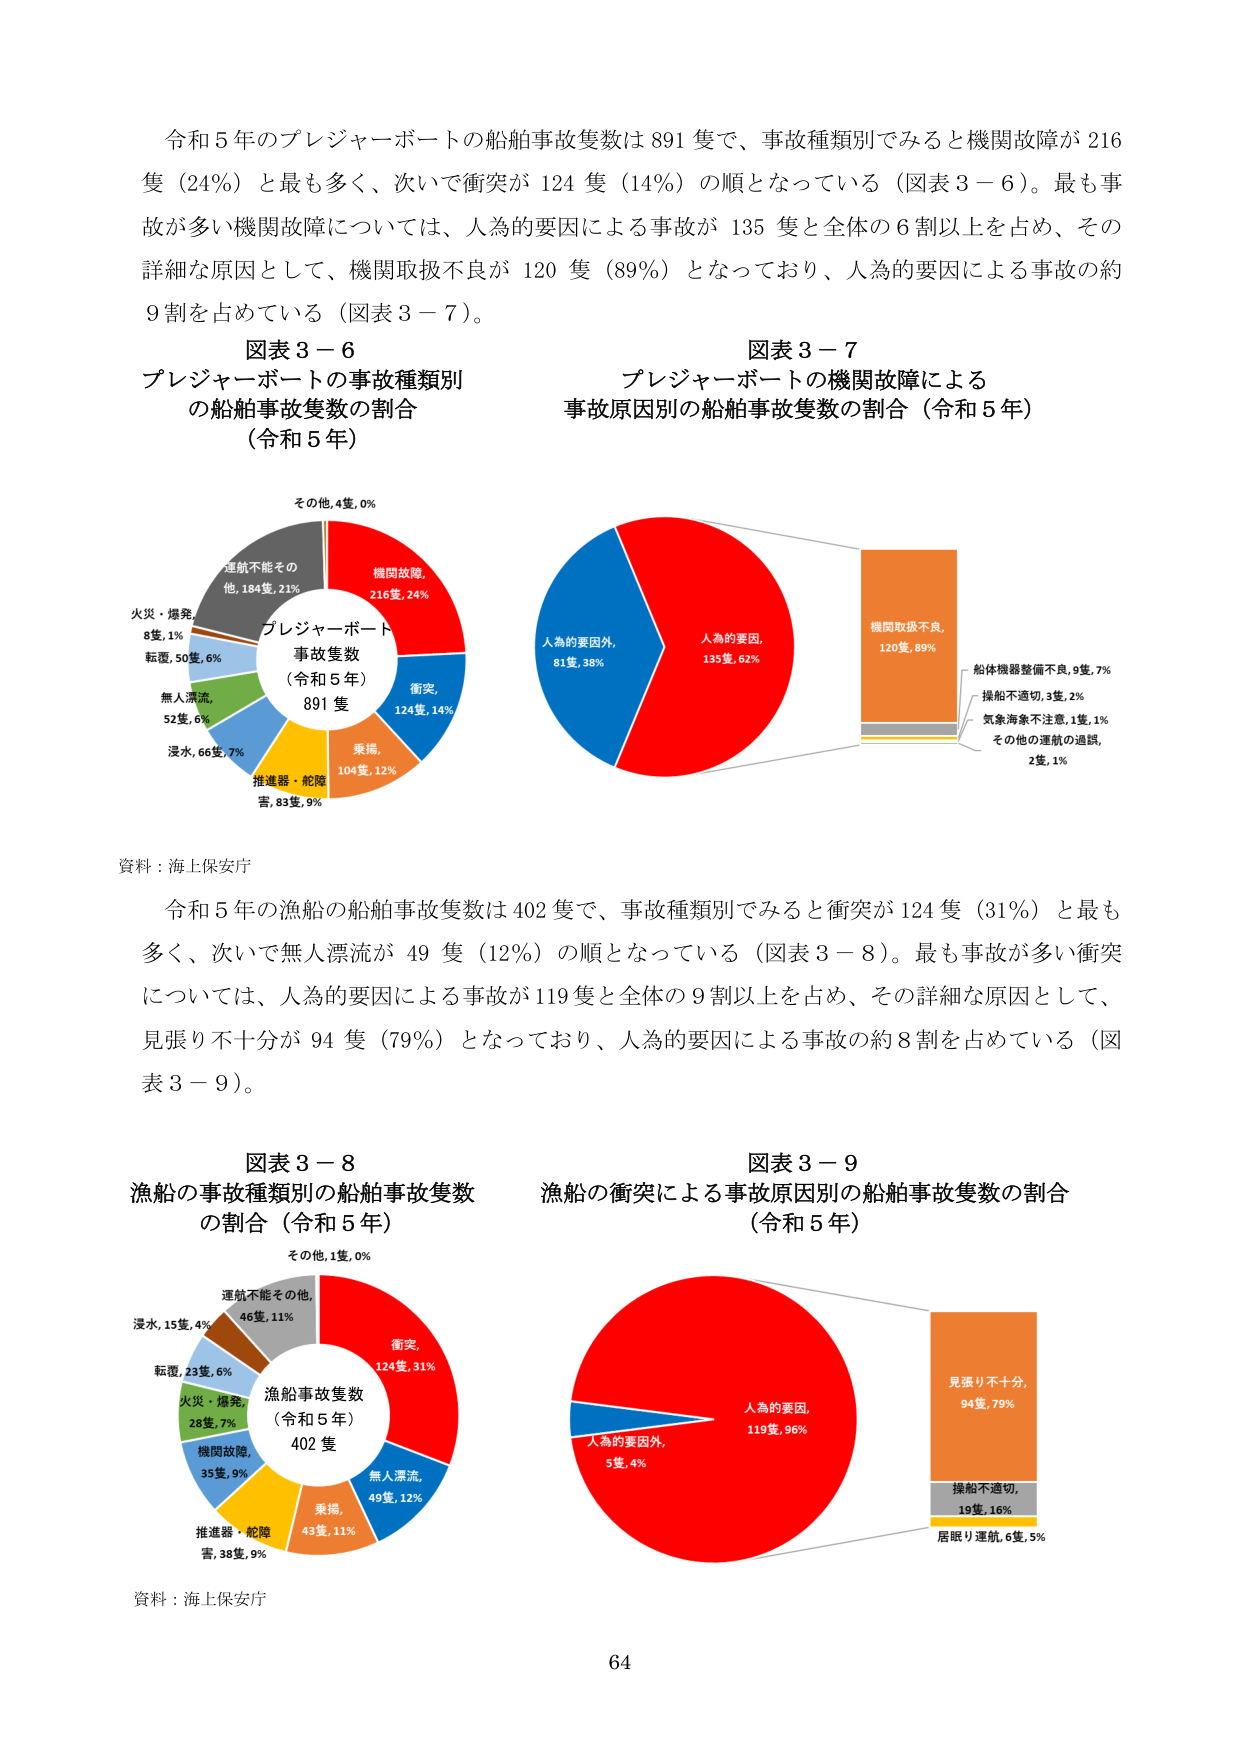
令和５年のプレジャーボートの船舶事故隻数は891隻で、事故種類別でみると機関故障が216隻（24%）と最も多く、次いで衝突が124隻（14%）の順となっている（図表3－6）。最も事故が多い機関故障については、人為的要因による事故が135隻と全体の6割以上を占め、その詳細な原因として、機関取扱不良が120隻（89%）となっており、人為的要因による事故の約9割を占めている（図表3－7）。

図表3－6
プレジャーボートの事故種類別の船舶事故隻数の割合
（令和5年）

その他,4隻,0%
運航不能その他,184隻,21%
火災・爆発,8隻,1%
転覆,50隻,6%
無人漂流,52隻,6%
浸水,66隻,7%
推進器・舵障害,83隻,9%
乗揚,104隻,12%
衝突,124隻,14%
機関故障,216隻,24%
プレジャーボート
事故隻数
（令和5年）
891隻

資料：海上保安庁

図表3－7
プレジャーボートの機関故障による事故原因別の船舶事故隻数の割合（令和5年）

人為的要因外,81隻,38%
人為的要因,135隻,62%
機関取扱不良,120隻,89%
船体機器整備不良,9隻,7%
操船不適切,3隻,2%
気象海象不注意,1隻,1%
その他の運航の過誤,2隻,1%

令和5年の漁船の船舶事故隻数は402隻で、事故種類別でみると衝突が124隻（31%）と最も多く、次いで無人漂流が49隻（12%）の順となっている（図表3－8）。最も事故が多い衝突については、人為的要因による事故が119隻と全体の9割以上を占め、その詳細な原因として、見張り不十分が94隻（79%）となっており、人為的要因による事故の約8割を占めている（図表3－9）。

図表3－8
漁船の事故種類別の船舶事故隻数の割合（令和5年）

その他,1隻,0%
運航不能その他,46隻,11%
浸水,15隻,4%
転覆,23隻,6%
火災・爆発,28隻,7%
機関故障,35隻,9%
推進器・舵障害,38隻,9%
乗揚,43隻,11%
無人漂流,49隻,12%
衝突,124隻,31%
漁船事故隻数
（令和5年）
402隻

資料：海上保安庁

図表3－9
漁船の衝突による事故原因別の船舶事故隻数の割合（令和5年）

人為的要因外,5隻,4%
人為的要因,119隻,96%
見張り不十分,94隻,79%
操船不適切,19隻,16%
居眠り運航,6隻,5%

64